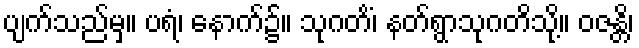
ပျက်သည်မှ။ ပရံ၊ နောက်၌။ သုဂတိံ၊ နတ်ရွာသုဂတိသို့။ ဝဇန္တိ၊